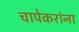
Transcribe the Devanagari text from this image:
चापेकरांना